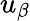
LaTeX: u_{\beta}